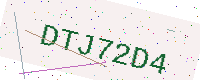
Text: DTJ72D4